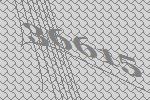
36615